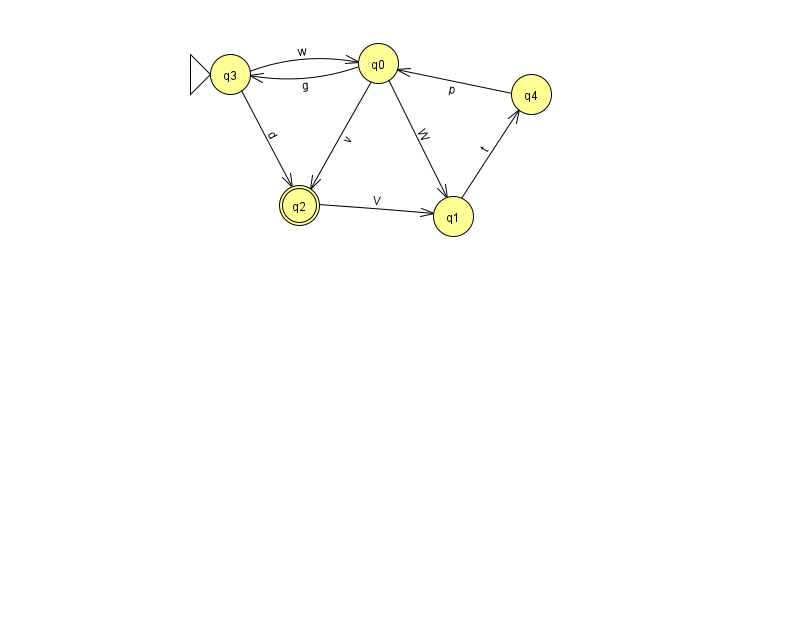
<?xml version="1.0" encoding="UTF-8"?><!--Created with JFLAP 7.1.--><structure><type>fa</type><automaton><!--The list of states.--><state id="0" name="q0"><x>378.0</x><y>50.0</y></state><state id="1" name="q1"><x>453.0</x><y>203.0</y></state><state id="2" name="q2"><x>299.0</x><y>192.0</y><final/></state><state id="3" name="q3"><x>230.0</x><y>61.0</y><initial/></state><state id="4" name="q4"><x>531.0</x><y>81.0</y></state><!--The list of transitions.--><transition><from>0</from><to>3</to><read>g</read></transition><transition><from>3</from><to>0</to><read>w</read></transition><transition><from>0</from><to>1</to><read>W</read></transition><transition><from>0</from><to>2</to><read>v</read></transition><transition><from>1</from><to>4</to><read>t</read></transition><transition><from>3</from><to>2</to><read>d</read></transition><transition><from>2</from><to>1</to><read>V</read></transition><transition><from>4</from><to>0</to><read>p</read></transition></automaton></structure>